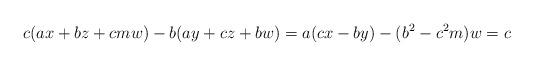
LaTeX: \begin{align*}c(ax+bz+cmw)-b(ay+cz+bw)=a(cx-by)-(b^2-c^2m)w=c\end{align*}